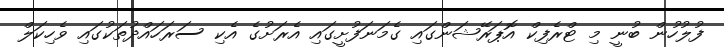
ފުލުހުން ބުނީ މި ޓްރެފިކް އޮޕަރޭޝަންގައި ގެމަނަފުށީގައި އެރަށުގެ އެކި ސަރަހައްދުތަކުގައި ވެހިކަލް